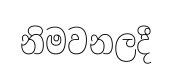
නිමවනලදී